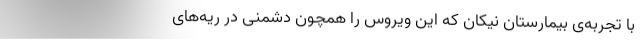
با تجربه‌ی بیمارستان نیکان که این ویروس را همچون دشمنی در ریه‌های